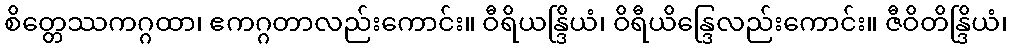
စိတ္တေဿကဂ္ဂထာ၊ ဧကဂ္ဂတာလည်းကောင်း။ ဝီရိယန္ဒြိယံ၊ ဝိရီယိန္ဒြေလည်းကောင်း။ ဇီဝိတိန္ဒြိယံ၊